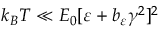
k _ { B } T \ll E _ { 0 } [ \varepsilon + b _ { \varepsilon } \gamma ^ { 2 } ] ^ { 2 }